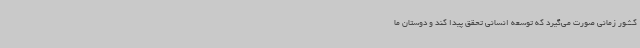
کشور زمانی صورت می‌گیرد که توسعه انسانی تحقق پیدا کند و دوستان ما